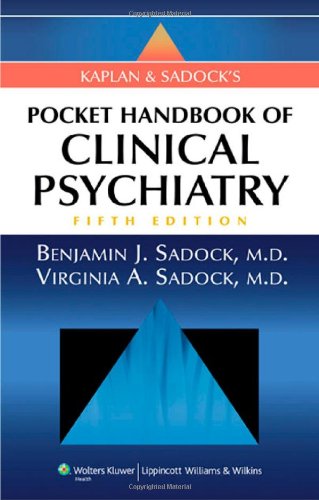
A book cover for Kaplan and Sadock's Pocket Handbook of Clinical Psychiatry, 5th Edition; Benjamin J. Sadock; Medical Books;